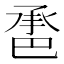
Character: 𢁇